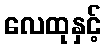
လေထုနှင့်